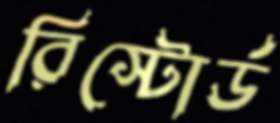
রিস্টোর্ড